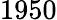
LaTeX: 1950